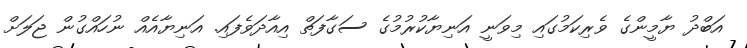
އަބްދު ޔާމީންގެ ވެރިކަމުގައި މިވަނީ އަނިޔާކުރުމުގެ ސަގާފަތް އިއާދަވެފައި. އަނިޔާއެއް ނުހައްގުން ޖަލަށް